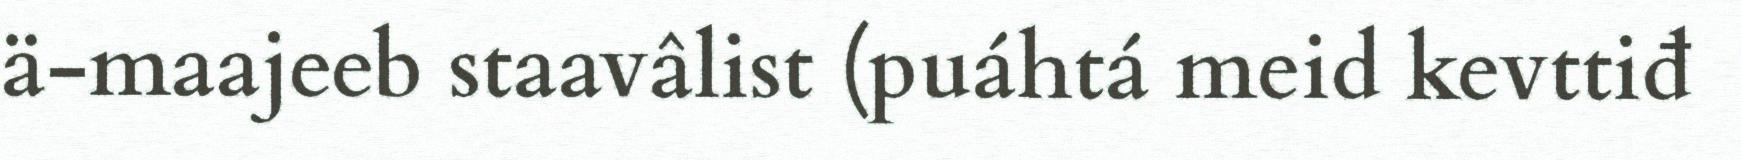
ä-maajeeb staavâlist (puáhtá meid kevttiđ